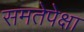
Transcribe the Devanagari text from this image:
समतेपेक्षा